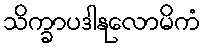
သိက္ခာပဒါနုလောမိကံ